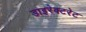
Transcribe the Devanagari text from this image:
डाइरेक्टरेट